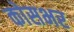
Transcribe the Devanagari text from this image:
कोसभर